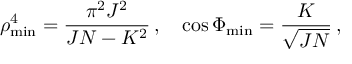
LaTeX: \rho _ { \mathrm { m i n } } ^ { 4 } = \frac { \pi ^ { 2 } J ^ { 2 } } { J N - K ^ { 2 } } \, , \quad \cos \Phi _ { \mathrm { m i n } } = \frac { K } { \sqrt { J N } } \, ,